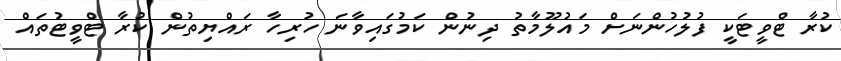
ކުރާ ޓްވީޓަކީ ފުލުހުންނަށް މައުލޫމާތު ދިނުން ކަމުގައިވާނަ ހުރިހާ ރައްޔިތުން ކުރާ ޓްވީޓުތައް